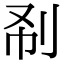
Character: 𠛚